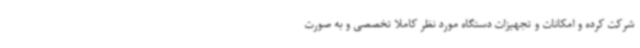
شرکت کرده و امکانات و تجهیزات دستگاه مورد نظر کاملاً تخصصی و به صورت